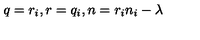
q = r _ { i } , r = q _ { i } , n = r _ { i } n _ { i } - \lambda